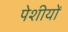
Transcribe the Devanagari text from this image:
पेशीयों